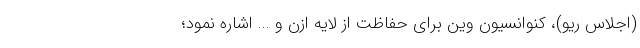
(اجلاس ریو)، کنوانسیون وین برای حفاظت از لایه ازن و ... اشاره نمود؛